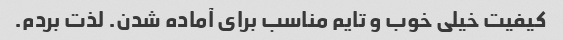
کیفیت خیلی خوب و تایم مناسب برای آماده شدن. لذت بردم.